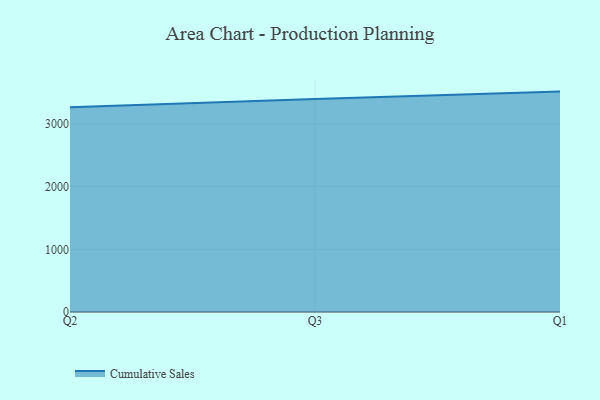
{"axis": {"x": "Quarter", "y": "Waste Production (Tons)"}, "legend": ["Cumulative Sales"], "data": [{"x": "Q2", "y": 3267.5, "type": "Cumulative Sales"}, {"x": "Q3", "y": 3398.9, "type": "Cumulative Sales"}, {"x": "Q1", "y": 3515.2, "type": "Cumulative Sales"}]}